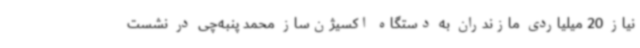
نیاز 20 میلیاردی مازندران به دستگاه اکسیژن‌ساز محمد پنبه‌چی در نشست